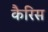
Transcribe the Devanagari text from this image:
कैरिस